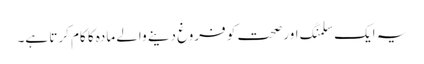
یہ ایک سلمنگ اور صحت کو فروغ دینے والے مادہ کا کام کرتا ہے۔